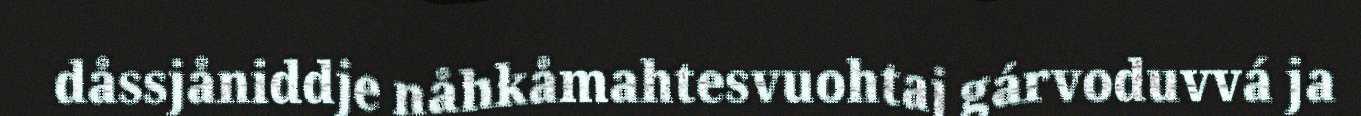
dåssjåniddje nåhkåmahtesvuohtaj gárvoduvvá ja